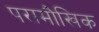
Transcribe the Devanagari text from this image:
परामौखिक